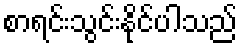
စာရင်းသွင်းနိုင်ပါသည်